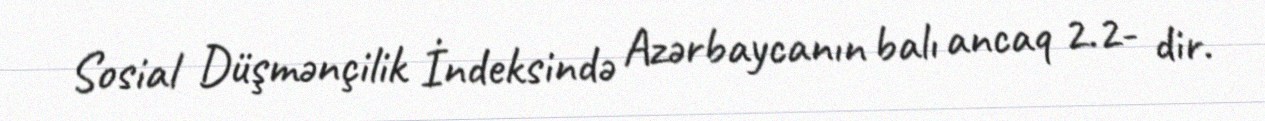
Sosial Düşmənçilik İndeksində Azərbaycanın balı ancaq 2.2- dir.